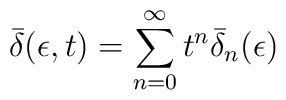
\bar  \delta (\epsilon,t) = \sum_{n=0}^\infty t^n \bar \delta_n (\epsilon)